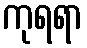
ကုရရာ